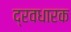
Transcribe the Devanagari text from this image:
द्रवधारक